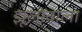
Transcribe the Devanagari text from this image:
झूलोंवाला